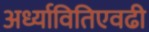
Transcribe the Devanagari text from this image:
अर्ध्यावितिएवढी